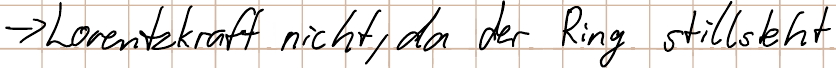
-> Lorentzkraft nicht, da der Ring stillsteht